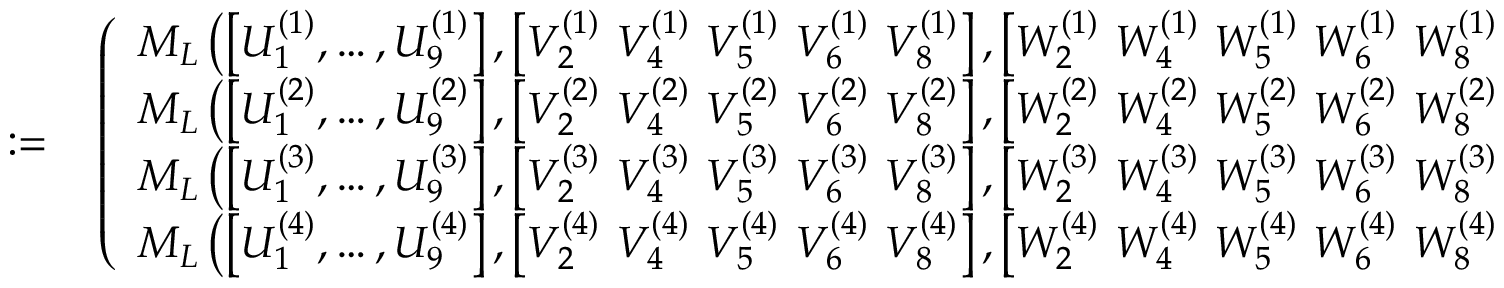
\begin{array} { r l } { : = } & { { } \left( \begin{array} { l } { M _ { L } \left( \left[ { U } _ { 1 } ^ { ( 1 ) } , \dots , { U } _ { 9 } ^ { ( 1 ) } \right] , \left[ { V } _ { 2 } ^ { ( 1 ) } ~ { V } _ { 4 } ^ { ( 1 ) } ~ { V } _ { 5 } ^ { ( 1 ) } ~ { V } _ { 6 } ^ { ( 1 ) } ~ { V } _ { 8 } ^ { ( 1 ) } \right] , \left[ { W } _ { 2 } ^ { ( 1 ) } ~ { W } _ { 4 } ^ { ( 1 ) } ~ { W } _ { 5 } ^ { ( 1 ) } ~ { W } _ { 6 } ^ { ( 1 ) } ~ { W } _ { 8 } ^ { ( 1 ) } \right] , \xi , \eta \right) } \\ { M _ { L } \left( \left[ { U } _ { 1 } ^ { ( 2 ) } , \dots , { U } _ { 9 } ^ { ( 2 ) } \right] , \left[ { V } _ { 2 } ^ { ( 2 ) } ~ { V } _ { 4 } ^ { ( 2 ) } ~ { V } _ { 5 } ^ { ( 2 ) } ~ { V } _ { 6 } ^ { ( 2 ) } ~ { V } _ { 8 } ^ { ( 2 ) } \right] , \left[ { W } _ { 2 } ^ { ( 2 ) } ~ { W } _ { 4 } ^ { ( 2 ) } ~ { W } _ { 5 } ^ { ( 2 ) } ~ { W } _ { 6 } ^ { ( 2 ) } ~ { W } _ { 8 } ^ { ( 2 ) } \right] , \xi , \eta \right) } \\ { M _ { L } \left( \left[ { U } _ { 1 } ^ { ( 3 ) } , \dots , { U } _ { 9 } ^ { ( 3 ) } \right] , \left[ { V } _ { 2 } ^ { ( 3 ) } ~ { V } _ { 4 } ^ { ( 3 ) } ~ { V } _ { 5 } ^ { ( 3 ) } ~ { V } _ { 6 } ^ { ( 3 ) } ~ { V } _ { 8 } ^ { ( 3 ) } \right] , \left[ { W } _ { 2 } ^ { ( 3 ) } ~ { W } _ { 4 } ^ { ( 3 ) } ~ { W } _ { 5 } ^ { ( 3 ) } ~ { W } _ { 6 } ^ { ( 3 ) } ~ { W } _ { 8 } ^ { ( 3 ) } \right] , \xi , \eta \right) } \\ { M _ { L } \left( \left[ { U } _ { 1 } ^ { ( 4 ) } , \dots , { U } _ { 9 } ^ { ( 4 ) } \right] , \left[ { V } _ { 2 } ^ { ( 4 ) } ~ { V } _ { 4 } ^ { ( 4 ) } ~ { V } _ { 5 } ^ { ( 4 ) } ~ { V } _ { 6 } ^ { ( 4 ) } ~ { V } _ { 8 } ^ { ( 4 ) } \right] , \left[ { W } _ { 2 } ^ { ( 4 ) } ~ { W } _ { 4 } ^ { ( 4 ) } ~ { W } _ { 5 } ^ { ( 4 ) } ~ { W } _ { 6 } ^ { ( 4 ) } ~ { W } _ { 8 } ^ { ( 4 ) } \right] , \xi , \eta \right) } \end{array} \right) , } \end{array}